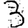
Digit: 3